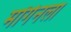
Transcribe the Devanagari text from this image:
मॉर्गनला